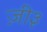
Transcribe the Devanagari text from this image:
ज़ी३